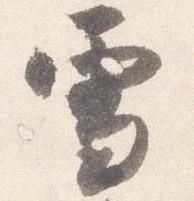
雪